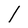
Character: l